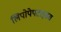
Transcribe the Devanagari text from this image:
लिपोपेपटाइडस